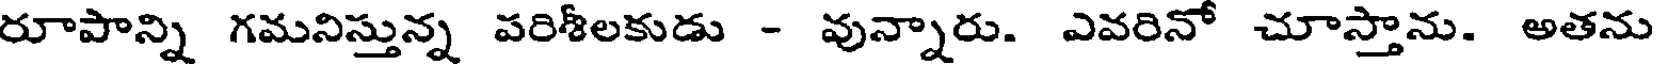
రూపాన్ని గమనిస్తున్న పరిశీలకుడు - వున్నారు. ఎవరినో చూస్తాను. అతను